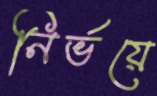
নির্ভয়ে